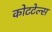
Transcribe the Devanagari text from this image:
कोटटेल्स